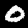
Digit: 0